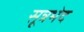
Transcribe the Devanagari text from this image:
सूत्रभेद